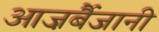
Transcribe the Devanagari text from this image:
आज़र्बैजानी